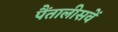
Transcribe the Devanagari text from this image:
पैंतालीसवें